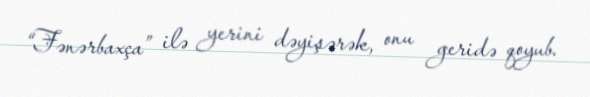
“Fənərbaxça” ilə yerini dəyişərək, onu geridə qoyub.